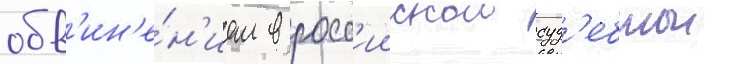
обв'ин'е́н'ием в росс'иискои суд'ебнои